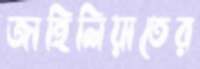
জাহিলিয়াতের